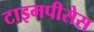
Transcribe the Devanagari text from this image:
टाइमपीसेस